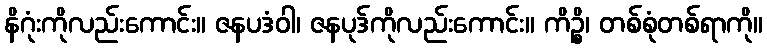
နိဂုံးကိုလည်းကောင်း။ ဇနပဒံဝါ၊ ဇနပုဒ်ကိုလည်းကောင်း။ ကိဉ္စိ၊ တစ်စုံတစ်ရာကို။